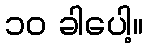
၁၀ ခါပေါ့။